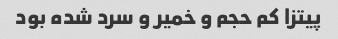
پیتزا کم حجم و خمیر و سرد شده بود